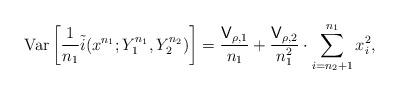
LaTeX: \begin{align*}\mathrm{Var}\left[\frac{1}{n_1}\tilde{i}(x^{n_1}; Y_1^{n_1}, Y_2^{n_2})\right] &= \frac{\mathsf{V}_{\rho,1}}{n_1} + \frac{\mathsf{V}_{\rho,2}}{n_1^2} \cdot \sum_{i=n_2+1}^{n_1}x_i^2,\end{align*}